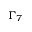
\Gamma _ { 7 }